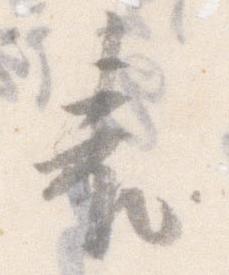
表